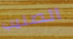
الصليب